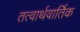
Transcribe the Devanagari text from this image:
तत्वार्थवार्तिक